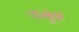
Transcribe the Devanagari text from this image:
फसून